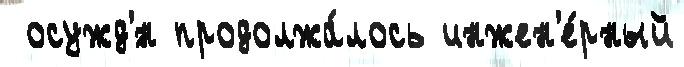
 осужд'́н продолжа́лось инжен'е́рный